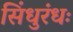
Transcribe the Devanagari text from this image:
सिंधुरंधः